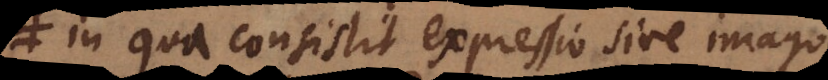
in qua consistit expressio sive imago